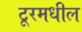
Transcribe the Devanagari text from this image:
टूरमधील